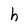
Character: h